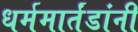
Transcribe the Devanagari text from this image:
धर्ममार्तंडांनी